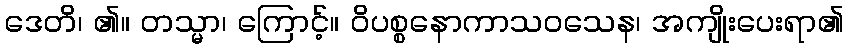
ဒေတိ၊ ၏။ တသ္မာ၊ ကြောင့်။ ဝိပစ္စနောကာသဝသေန၊ အကျိုးပေးရာ၏